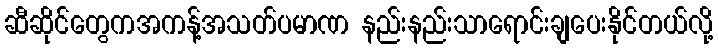
ဆီဆိုင်တွေကအကန့်အသတ်ပမာဏ နည်းနည်းသာရောင်းချပေးနိုင်တယ်လို့